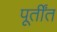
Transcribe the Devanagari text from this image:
पूर्तींत